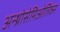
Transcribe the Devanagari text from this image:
अन्थ्रोसेमिओतिक्स